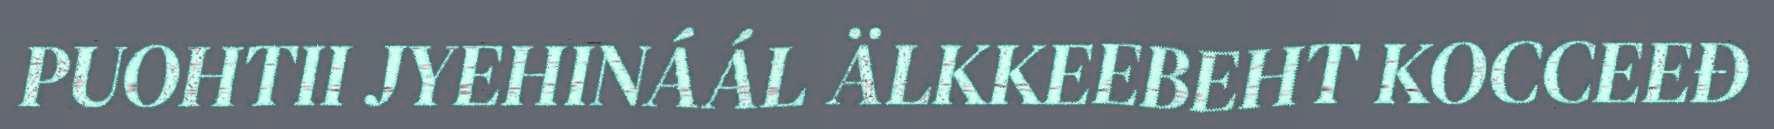
PUOHTII JYEHINÁÁL ÄLKKEEBEHT KOCCEEĐ